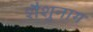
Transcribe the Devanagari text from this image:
शैशुनाग